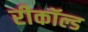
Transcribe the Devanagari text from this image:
रीकॉल्ड